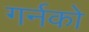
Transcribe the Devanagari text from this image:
गर्नको